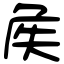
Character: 𡘓